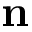
\mathbf { n }